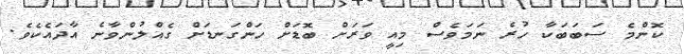
ކޮންމެ ސަބަބަކާ ހުރެ ނަމަވެސް މިއީ ވަރަށް ބޮޑަށް ހަންގަނޑަށް ގެއްލުންވާނެ އާދައެކެވެ.